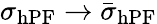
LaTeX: \sigma_{\mathrm{hPF}}\rightarrow\bar{\sigma}_{\mathrm{hPF}}